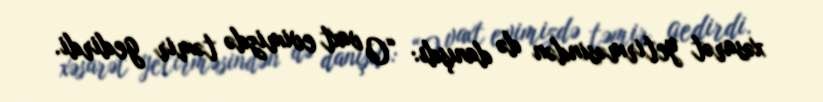
xəsarət yetirməsindən də danışdı: “O vaxt evimizdə təmir gedirdi.